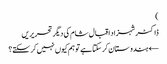
)
ڈاکٹر شہزاد اقبال شام کی دیگر تحریریں
← ہندوستان کر سکتا ہے تو ہم کیوں نہیں کر سکتے؟